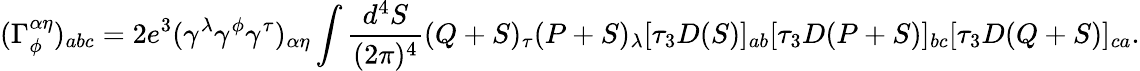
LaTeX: (\Gamma_{\phi}^{\alpha\eta})_{abc}=2e^{3}(\gamma^{\lambda}\gamma^{\phi}\gamma^{\tau})_{\alpha\eta}\int\frac{d^{4}S}{(2\pi)^{4}}(Q+S)_{\tau}(P+S)_{\lambda}[\tau_{3}D(S)]_{ab}[\tau_{3}D(P+S)]_{bc}[\tau_{3}D(Q+S)]_{ca}.